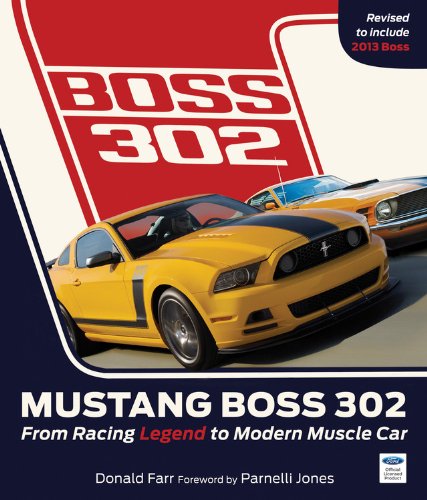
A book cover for Mustang Boss 302: From Racing Legend to Modern Muscle Car; Donald Farr; Engineering & Transportation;